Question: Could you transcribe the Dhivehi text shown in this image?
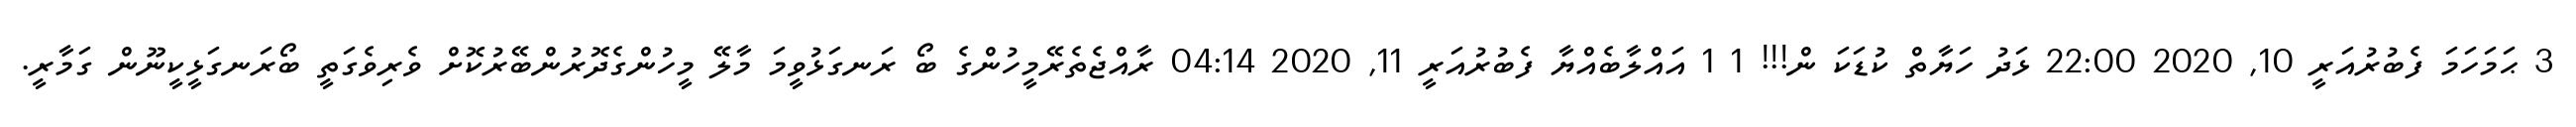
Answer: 3 ޙަމަހަމަ ފެބުރުއަރީ 10, 2020 22:00 ޅަދު ހަޔާތް ކުޑަކަ ން!!! 1 1 އައްލާބެއްޔާ ފެބުރުއަރީ 11, 2020 04:14 ރާއްޖެތެރޭމީހުންގެ ބޯ ރަނގަޅުވީމަ މާލޭ މީހުންގެދޮރުންބޭރުކޮށް ވެރިވެގަތީ ބޯރަނގަޅީކީނޫން ގަމާރީ.